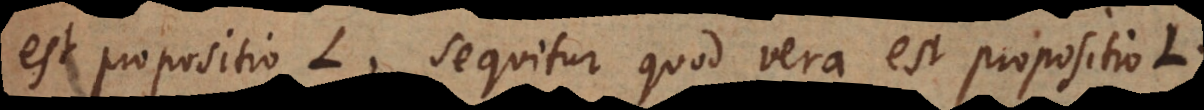
est propositio L, sequitur quod vera est propositio